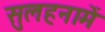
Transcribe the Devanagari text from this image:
सुलहनामें